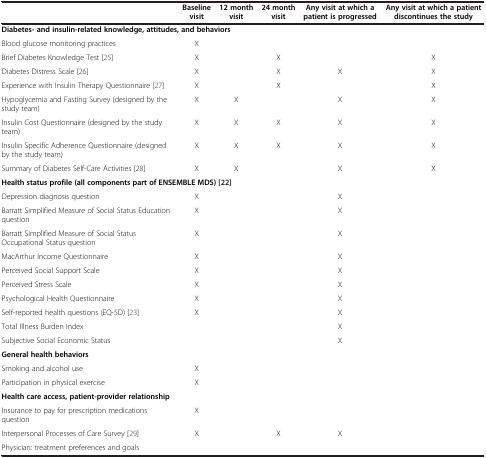
<table><thead><tr><td>[EMPTY_CELL]</td><td><b>Baseline visit</b></td><td><b>12 month visit</b></td><td><b>24 month visit</b></td><td><b>Any visit at which a patient is progressed</b></td><td><b>Any visit at which a patient discontinues the study</b></td></tr></thead><tbody><tr><td colspan="6"><b>Diabetes- and insulin-related knowledge, attitudes, and behaviors</b></td></tr><tr><td>Blood glucose monitoring practices</td><td>X</td><td>[EMPTY_CELL]</td><td>[EMPTY_CELL]</td><td>[EMPTY_CELL]</td><td>[EMPTY_CELL]</td></tr><tr><td>Brief Diabetes Knowledge Test[25]</td><td>X</td><td>[EMPTY_CELL]</td><td>X</td><td>[EMPTY_CELL]</td><td>X</td></tr><tr><td>Diabetes Distress Scale[26]</td><td>X</td><td>[EMPTY_CELL]</td><td>X</td><td>X</td><td>X</td></tr><tr><td>Experience with Insulin Therapy Questionnaire[27]</td><td>X</td><td>[EMPTY_CELL]</td><td>X</td><td>[EMPTY_CELL]</td><td>X</td></tr><tr><td>Hypoglycemia and Fasting Survey (designed by the study team)</td><td>X</td><td>X</td><td>[EMPTY_CELL]</td><td>X</td><td>X</td></tr><tr><td>Insulin Cost Questionnaire (designed by the study team)</td><td>X</td><td>X</td><td>X</td><td>X</td><td>X</td></tr><tr><td>Insulin Specific Adherence Questionnaire (designed by the study team)</td><td>X</td><td>X</td><td>X</td><td>X</td><td>X</td></tr><tr><td>Summary of Diabetes Self-Care Activities[28]</td><td>X</td><td>X</td><td>[EMPTY_CELL]</td><td>X</td><td>X</td></tr><tr><td colspan="6"><b>Health status profile (all components part of ENSEMBLE MDS) [</b>[22]</td></tr><tr><td>Depression diagnosis question</td><td>X</td><td>[EMPTY_CELL]</td><td>[EMPTY_CELL]</td><td>X</td><td>[EMPTY_CELL]</td></tr><tr><td>Barratt Simplified Measure of Social Status Education question</td><td>X</td><td>[EMPTY_CELL]</td><td>[EMPTY_CELL]</td><td>X</td><td>[EMPTY_CELL]</td></tr><tr><td>Barratt Simplified Measure of Social Status Occupational Status question</td><td>X</td><td>[EMPTY_CELL]</td><td>[EMPTY_CELL]</td><td>X</td><td>[EMPTY_CELL]</td></tr><tr><td>MacArthur Income Questionnaire</td><td>X</td><td>[EMPTY_CELL]</td><td>[EMPTY_CELL]</td><td>X</td><td>[EMPTY_CELL]</td></tr><tr><td>Perceived Social Support Scale</td><td>X</td><td>[EMPTY_CELL]</td><td>[EMPTY_CELL]</td><td>X</td><td>[EMPTY_CELL]</td></tr><tr><td>Perceived Stress Scale</td><td>X</td><td>[EMPTY_CELL]</td><td>[EMPTY_CELL]</td><td>X</td><td>[EMPTY_CELL]</td></tr><tr><td>Psychological Health Questionnaire</td><td>X</td><td>[EMPTY_CELL]</td><td>[EMPTY_CELL]</td><td>X</td><td>[EMPTY_CELL]</td></tr><tr><td>Self-reported health questions (EQ-5D)[23]</td><td>X</td><td>[EMPTY_CELL]</td><td>[EMPTY_CELL]</td><td>X</td><td>[EMPTY_CELL]</td></tr><tr><td>Total Illness Burden Index</td><td>[EMPTY_CELL]</td><td>[EMPTY_CELL]</td><td>[EMPTY_CELL]</td><td>X</td><td>[EMPTY_CELL]</td></tr><tr><td>Subjective Social Economic Status</td><td>[EMPTY_CELL]</td><td>[EMPTY_CELL]</td><td>[EMPTY_CELL]</td><td>X</td><td>[EMPTY_CELL]</td></tr><tr><td colspan="6"><b>General health behaviors</b></td></tr><tr><td>Smoking and alcohol use</td><td>X</td><td>[EMPTY_CELL]</td><td>[EMPTY_CELL]</td><td>[EMPTY_CELL]</td><td>[EMPTY_CELL]</td></tr><tr><td>Participation in physical exercise</td><td>X</td><td>[EMPTY_CELL]</td><td>[EMPTY_CELL]</td><td>[EMPTY_CELL]</td><td>[EMPTY_CELL]</td></tr><tr><td colspan="6"><b>Health care access, patient-provider relationship</b></td></tr><tr><td>Insurance to pay for prescription medications question</td><td>X</td><td>[EMPTY_CELL]</td><td>[EMPTY_CELL]</td><td>[EMPTY_CELL]</td><td>[EMPTY_CELL]</td></tr><tr><td>Interpersonal Processes of Care Survey[29]</td><td>X</td><td>[EMPTY_CELL]</td><td>X</td><td>X</td><td>[EMPTY_CELL]</td></tr><tr><td>Physician: treatment preferences and goals</td><td>[EMPTY_CELL]</td><td>[EMPTY_CELL]</td><td>[EMPTY_CELL]</td><td>[EMPTY_CELL]</td><td>[EMPTY_CELL]</td></tr></tbody></table>